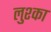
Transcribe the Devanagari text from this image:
लुश्का